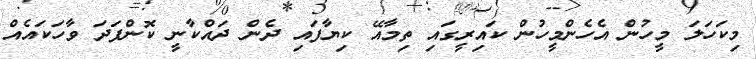
މިކަހަލަ މީހުން އެހެންމީހުން ކައިރީގައި ތިމާއޭ ކިޔާފައި ދެން ދައްކާނީ ކޮންފަދަ ވާހަކައެއް